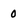
Character: 0